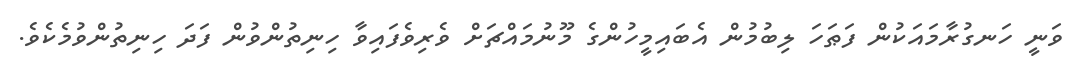
ވަނީ ހަނގުރާމައަކުން ފަޠަހަ ލިބުމުން އެބައިމީހުންގެ މޫނުމައްޗަށް ވެރިވެފައިވާ ހިނިތުންވުން ފަދަ ހިނިތުންވުމެކެވެ.